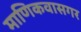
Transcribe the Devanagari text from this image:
माणिकवासगर